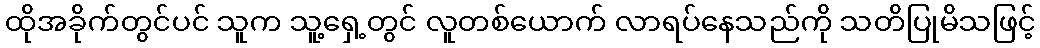
ထိုအခိုက်တွင်ပင် သူက သူ့ရှေ့တွင် လူတစ်ယောက် လာရပ်နေသည်ကို သတိပြုမိသဖြင့်